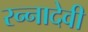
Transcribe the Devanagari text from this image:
रन्‍नादेवी